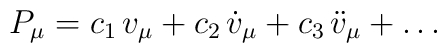
P_\mu=c_1\,v_\mu+ c_2\,{\dot v}_\mu +c_3\,{\ddot v}_\mu +\ldots